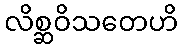
လိစ္ဆဝိသတေဟိ